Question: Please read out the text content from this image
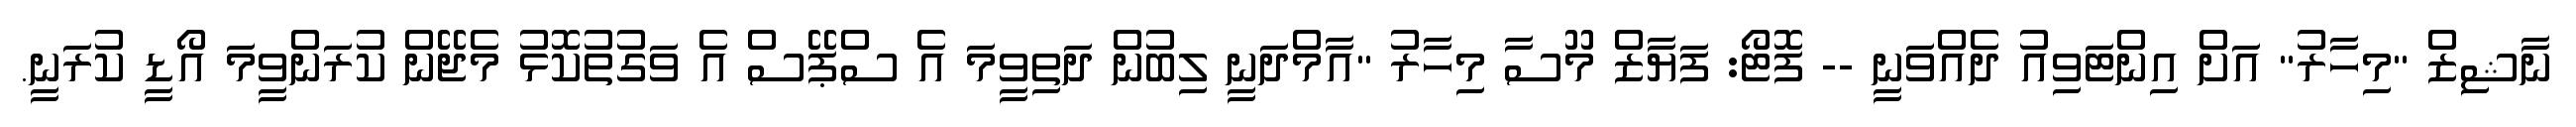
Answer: ނާޝިޒް "މިހާރު" އަށް އިންޓަވިއު ދެއްވަނީ -- ފޮޓޯ: ފަޔާޒް މޫސާ މިހާރު "އާމްދަނީ ލިބުން ދަތިވީމަ އެ ސްޕޭސް އެ ވަގުތުކޮޅު މެޖޭން ކުރަންވީމަ އޯޑީ ކުރަނީ.